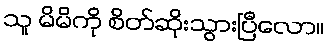
သူ မိမိကို စိတ်ဆိုးသွားပြီလော။